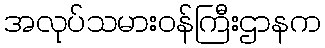
အလုပ်သမားဝန်ကြီးဌာနက